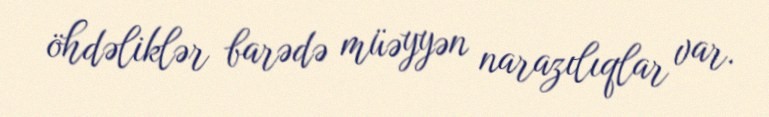
öhdəliklər barədə müəyyən narazılıqlar var.